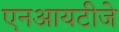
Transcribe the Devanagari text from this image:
एनआयटीजे